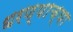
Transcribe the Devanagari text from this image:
धरण्याच्या